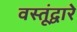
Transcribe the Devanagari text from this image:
वस्तूंद्वारे